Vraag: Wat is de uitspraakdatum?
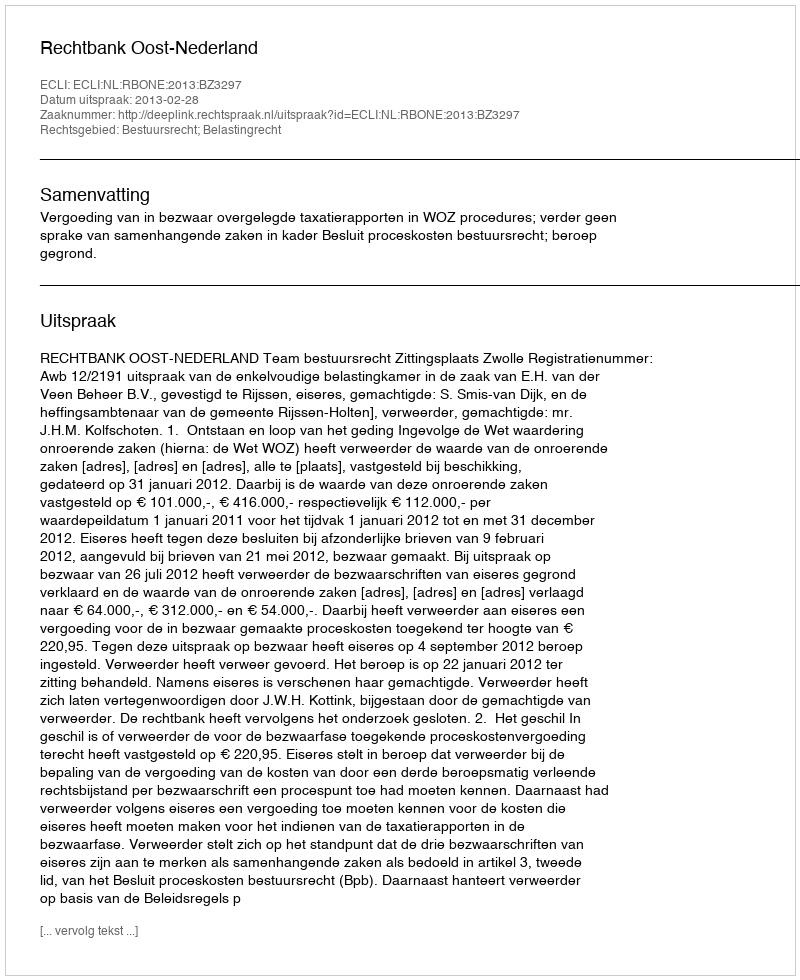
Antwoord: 2013-02-28